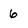
Character: 6